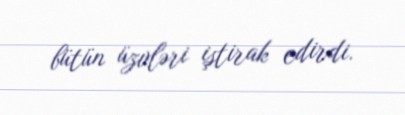
bütün üzvləri iştirak edirdi.